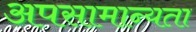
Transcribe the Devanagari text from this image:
अपसामान्यता